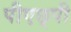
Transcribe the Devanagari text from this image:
पीएछ्पी